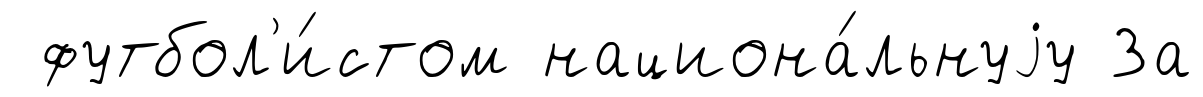
футбол'и́стом национа́льнуjу За